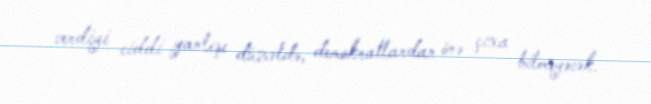
verdiyi ciddi yanlışı düzəldə, demokratlardan önə çıxa bilməyəcək.